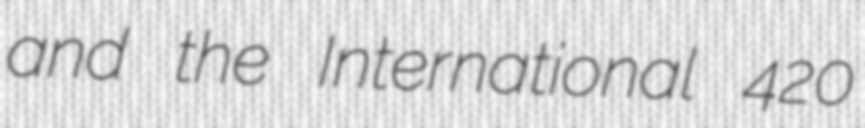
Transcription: and the International 420